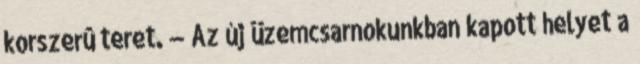
korszerû teret. — Az új üzemcsarnokunkban kapott helyet a